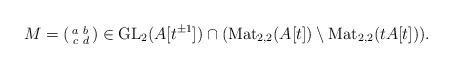
LaTeX: \begin{align*} M=\left(\begin{smallmatrix} a & b \\ c & d \end{smallmatrix}\right)\in \mathrm{GL}_2(A[t^{\pm 1}])\cap (\mathrm{Mat}_{2,2}(A[t])\setminus \mathrm{Mat}_{2,2}(tA[t])).\end{align*}